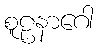
စူဠနာဂေါ